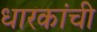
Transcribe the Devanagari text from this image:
धारकांची